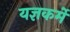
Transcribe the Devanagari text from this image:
यज्ञकर्मे